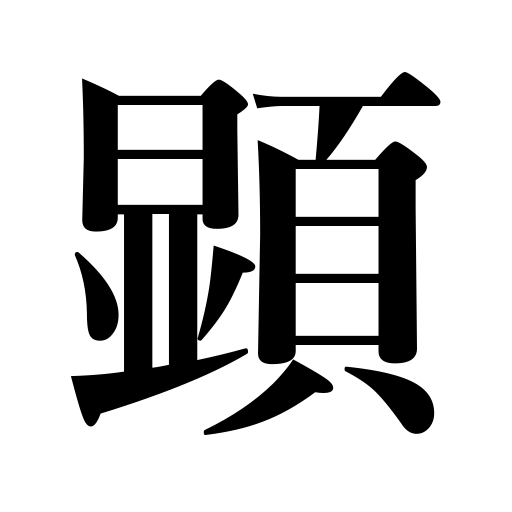
Meanings: show up,come in sight,be mentioned,emerge,appear,be discovered,be revealed,become famous